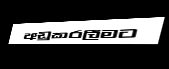
අඩුකරලීමට